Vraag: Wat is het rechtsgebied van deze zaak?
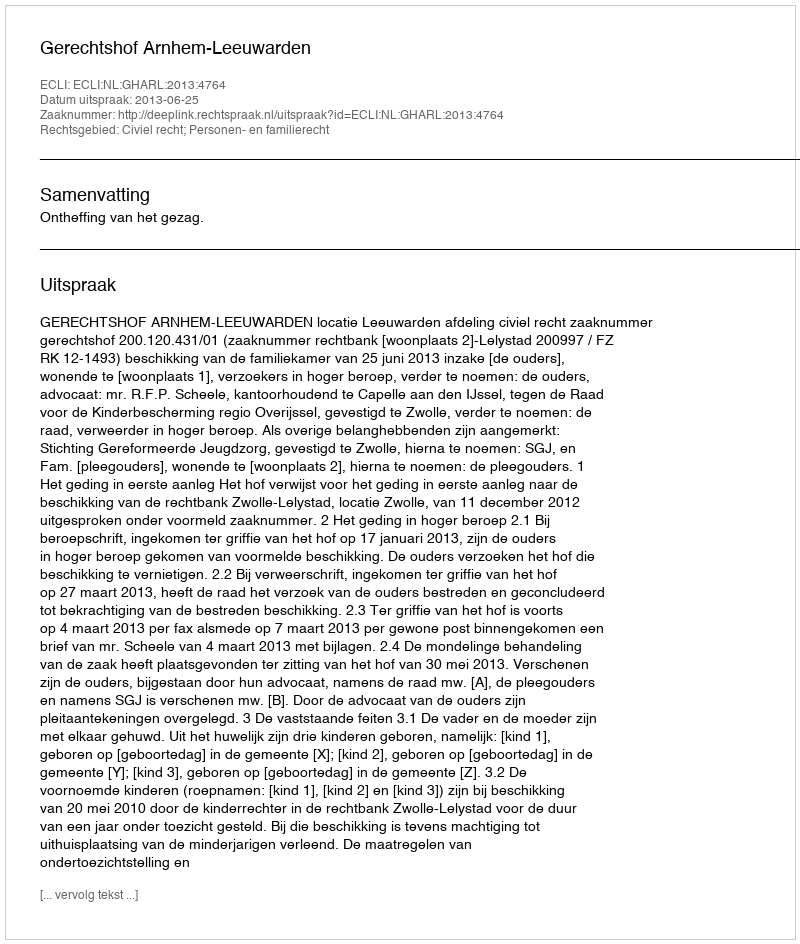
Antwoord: Civiel recht; Personen- en familierecht